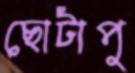
ছোটাপু